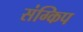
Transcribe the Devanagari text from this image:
संग्किप